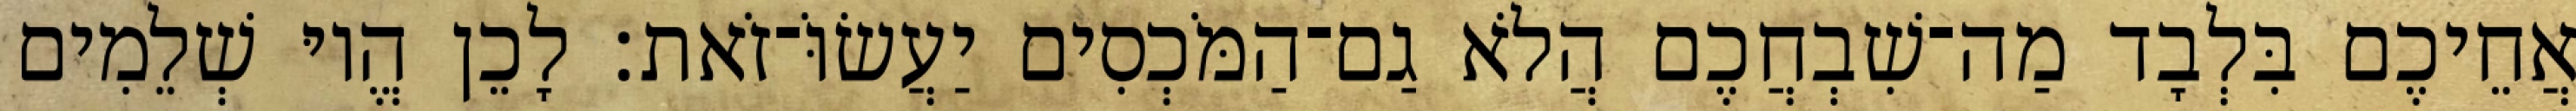
אֲחֵיכֶם בִּלְבָד מַה־שִׁבְחֲכֶם הֲלֹא גַם־הַמֹּכְסִים יַעֲשׂוֹּ־זֹאת׃ לָכֵן הֱיוּ שְׁלֵמִים